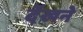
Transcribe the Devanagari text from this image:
देंखने